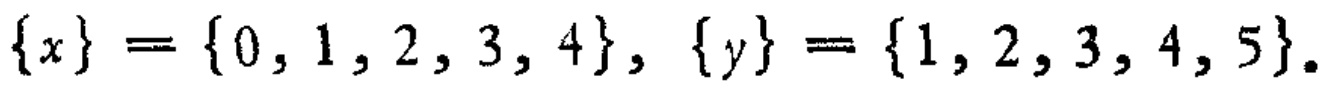
\(\{x\} = \{0, 1, 2, 3, 4\}, \{y\} = \{1, 2, 3, 4, 5\}.\)